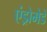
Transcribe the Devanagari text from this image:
एंड्रोमेडे